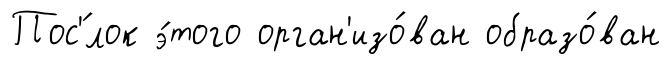
Пос'́лок э́того орган'изо́ван образо́ван